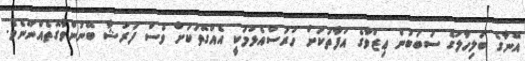
އޭނާގެ ބަލިހާލުގެ ސަބަބުން ޢިޒްވާގެ އުފާތަކަށް ހުރަސްއެޅުމަކީ އެއްގޮތަކަށް ވެސް ފަރުޝާ ބޭނުންވާގޮތެއްނޫނެވެ.